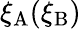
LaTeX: \xi_{\mathrm{A}}(\xi_{\mathrm{B}})